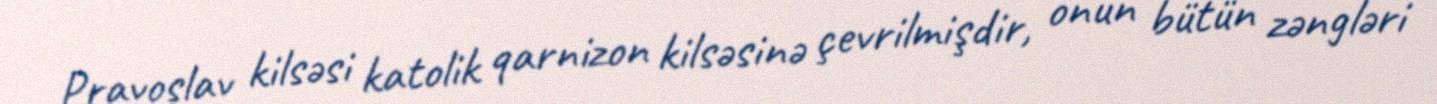
Pravoslav kilsəsi katolik qarnizon kilsəsinə çevrilmişdir, onun bütün zəngləri